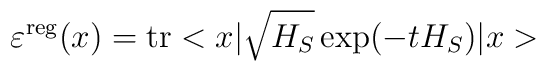
\varepsilon^{\rm reg}(x)={\rm tr}<x|\sqrt{H_S}\exp(-tH_S)|x>